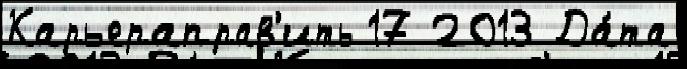
Карьераправ'ить 17 2013 Да́та